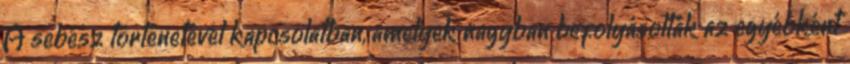
A sebész történetével kapcsolatban, amelyek nagyban befolyásolták az egyébként